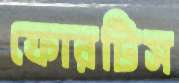
ফোরটিস